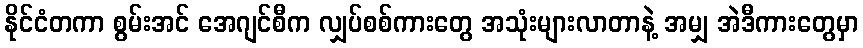
နိုင်ငံတကာ စွမ်းအင် အေဂျင်စီက လျှပ်စစ်ကားတွေ အသုံးများလာတာနဲ့ အမျှ အဲဒီကားတွေမှာ